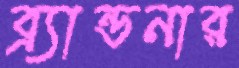
ব্র্যান্ডনার